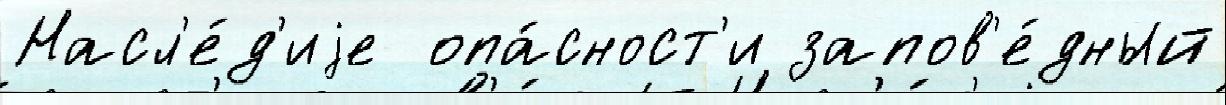
Насл'е́д'иjе  опа́сност'и запов'е́дный